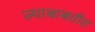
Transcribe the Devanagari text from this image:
ज्याबाबतीत